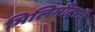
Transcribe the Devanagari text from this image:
मिलिमीटरचे